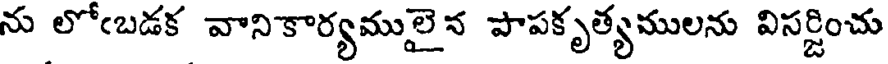
ను లోఁబడక వానికార్యములైన పాపకృత్యములను విసర్జించు